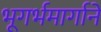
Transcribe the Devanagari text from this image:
भूगर्भमार्गाने